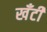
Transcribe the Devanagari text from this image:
खँटी